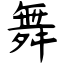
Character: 舞